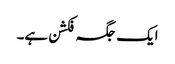
ایک جگہ فکشن ہے۔